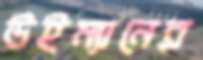
উইম্যানের